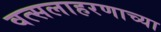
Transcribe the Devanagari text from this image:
वत्सलाहरणाच्या